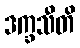
ဒက္ခသီတိ